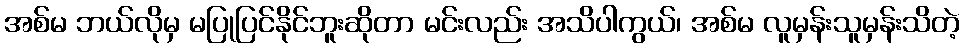
အစ်မ ဘယ်လိုမှ မပြုပြင်နိုင်ဘူးဆိုတာ မင်းလည်း အသိပါကွယ်၊ အစ်မ လူမှန်းသူမှန်းသိတဲ့